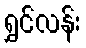
ရွှင်လန်း